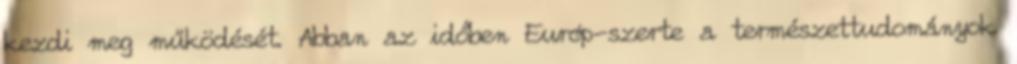
kezdi meg működését. Abban az időben Európ-szerte a természettudományok